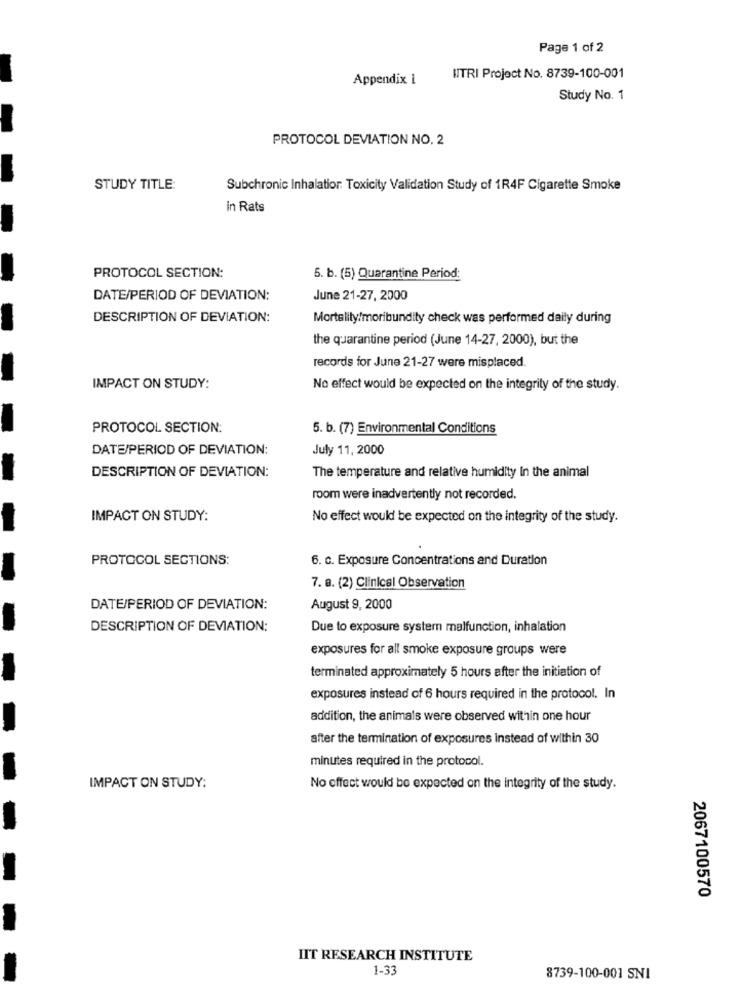
Page 1 of 2
Appendix 1
HITRI Project No. 8739-100-001
Study No. 1
PROTOCOL DEVIATION NO. 2
STUDY TITLE:
Subchronic Inhalation Toxicity Validation Study of 1R4F Cigarette Smoke
in Rats
PROTOCOL SECTION:
5. b. (5) Quarantine Period:
DATE/PERIOD OF DEVIATION:
June 21-27, 2000
DESCRIPTION OF DEVIATION:
Mortality/moribundity check was performed daily during
the quarantine period (June 14-27, 2000), but the
records for June 21-27 were misplaced.
IMPACT ON STUDY:
No effect would be expected on the integrity of the study.
PROTOCOL SECTION:
5. b. (7) Environmental Conditions
DATE/PERIOD OF DEVIATION:
July 11, 2000
DESCRIPTION OF DEVIATION:
-
The temperature and relative humidity In the animal
room were inadvertently not recorded.
IMPACT ON STUDY:
No effect would be expected on the integrity of the study.
PROTOCOL SECTIONS:
6. c. Exposure Concentrations and Duration
7. a. (2) Clinical Observation
DATE/PERIOD OF DEVIATION:
August 9, 2000
DESCRIPTION OF DEVIATION:
Due to exposure system malfunction, inhalation
exposures for all smoke exposure groups were
terminated approximately 5 hours after the initiation of
- -
exposures instead of 6 hours required in the protocol. In
addition, the animals were observed within one hour
-
after the termination of exposures instead of within 30
minutes required in the protocol.
IMPACT ON STUDY:
No effect would be expected on the integrity of the study.
-
2067100570
IIT RESEARCH INSTITUTE
1-33
8739-100-001 SNI